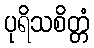
ပုရိသစိတ္တံ